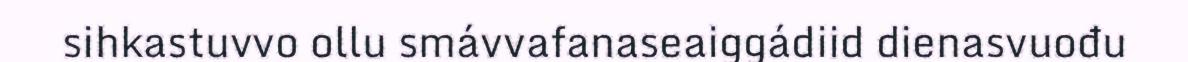
sihkastuvvo ollu smávvafanaseaiggádiid dienasvuođu